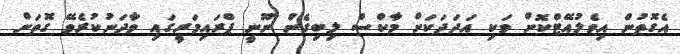
އެގޮތުން އިވެލުއޭޓްކޮށް ވަކި އަދަދަކަށް މާކްސް ލިބިގެން ނޫނީ ޕްރައިމަރީގައި ވާދަނުކުރެވޭ ގޮތަށް